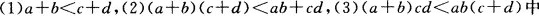
(1)$$a+b<c+d$$，(2)$$(a+b)(c+d)<ab+cd$$，(3)$$(a+b)cd<ab(c+d)$$中